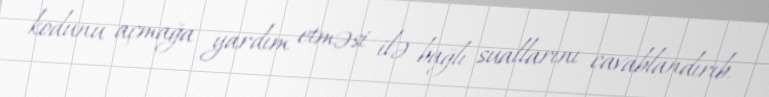
kodunu açmağa yardım etməsi ilə bağlı suallarını cavablandırıb.